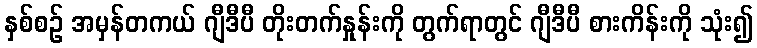
နှစ်စဉ် အမှန်တကယ် ဂျီဒီပီ တိုးတက်နှုန်းကို တွက်ရာတွင် ဂျီဒီပီ စားကိန်းကို သုံး၍